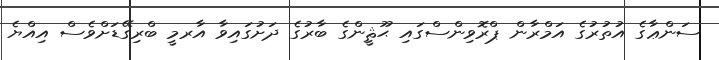
ސަންޢާގެ އުތުރުގެ އަމްރާން ޕްރޮވިންސްގައި ޙޫޘީންގެ ބާރުގެ ދަށުގައިވާ އާރމީ ބްރިގޭޑަށްވެސް އިއްޔެ